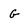
Character: G